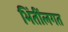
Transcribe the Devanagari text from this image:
भिंतींलगत